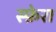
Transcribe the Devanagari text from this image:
स्फ़ेरा